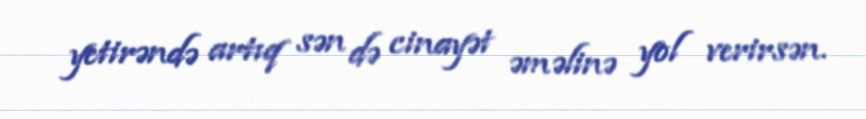
yetirəndə artıq sən də cinayət əməlinə yol verirsən.